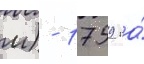
м) - 1759 га́